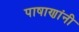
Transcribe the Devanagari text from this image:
पाषाणांनी